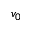
v _ { 0 }